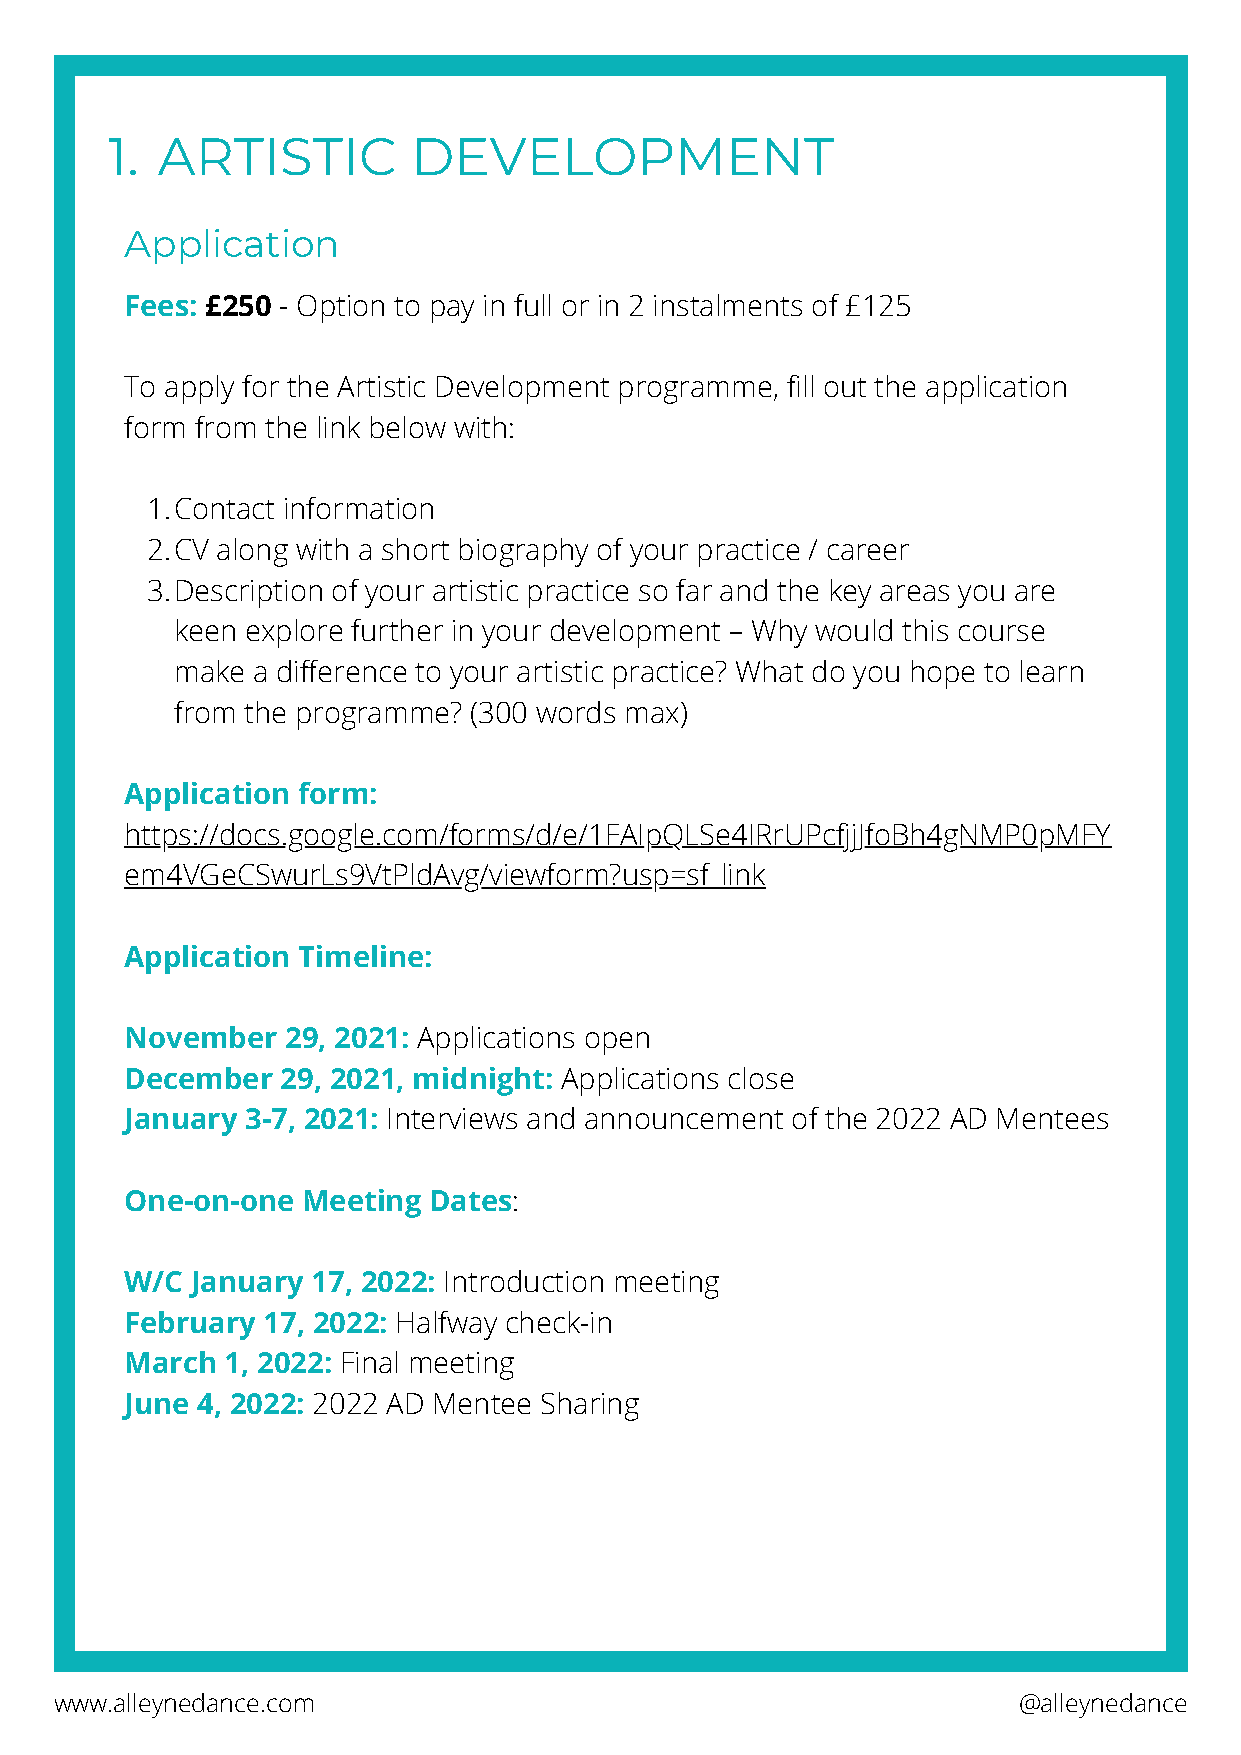
1. ARTISTIC         DEVELOPMENT
 Application
 Fees: £250 - Option to pay in full or in 2 instalments of £125
 To apply for the Artistic Development programme, fill out the application
 form from the link below with:
 1.Contact information
 2.CV along with a short biography of your practice / career
 3.Description of your artistic practice so far and the key areas you are
 keen explore further in your development – Why would this course
 make a difference to your artistic practice? What do you hope to learn
 from the programme? (300 words max)
 Application form:
 https://docs.google.com/forms/d/e/1FAIpQLSe4IRrUPcfjjJfoBh4gNMP0pMFY
 em4VGeCSwurLs9VtPldAvg/viewform?usp=sf_link
 Application Timeline:
 November   29, 2021: Applications open
 December   29, 2021, midnight: Applications close
 January 3-7, 2021: Interviews and announcement of the 2022 AD Mentees
 One-on-one  Meeting Dates:
 W/C  January 17, 2022: Introduction meeting
 February 17, 2022: Halfway check-in
 March  1, 2022: Final meeting
 June 4, 2022: 2022 AD Mentee Sharing
 www.alleynedance.com                                           @alleynedance